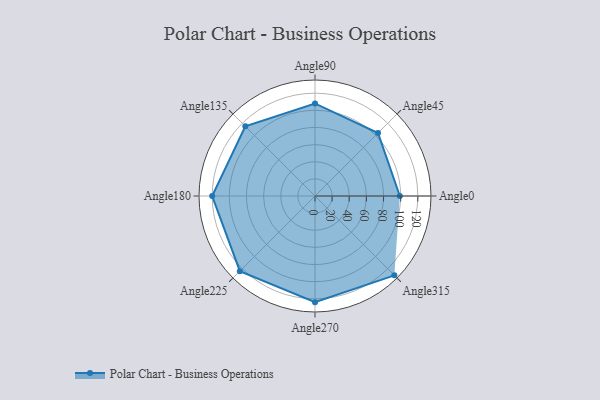
{"axis": {"x": "Angle", "y": "Radius"}, "legend": [""], "data": [{"x": "Angle0", "y": 99.0, "type": ""}, {"x": "Angle45", "y": 104.0, "type": ""}, {"x": "Angle90", "y": 108.0, "type": ""}, {"x": "Angle135", "y": 115.0, "type": ""}, {"x": "Angle180", "y": 120.0, "type": ""}, {"x": "Angle225", "y": 124.0, "type": ""}, {"x": "Angle270", "y": 124.0, "type": ""}, {"x": "Angle315", "y": 131.0, "type": ""}]}